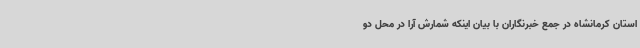
استان کرمانشاه در جمع خبرنگاران با بیان اینکه شمارش آرا در محل دو